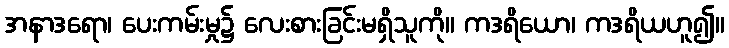
အနာဒရော၊ ပေးကမ်းမှု၌ လေးစားခြင်းမရှိသူကို။ ကဒရိယော၊ ကဒရိယဟူ၍။